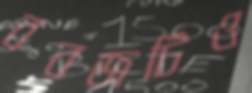
বরজটিও